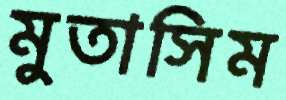
মুতাসিম